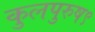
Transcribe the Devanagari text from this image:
कुलपुरुष९